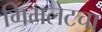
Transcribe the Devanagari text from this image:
गिमलेटचा